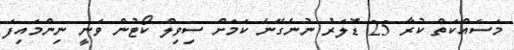
މަސައްކަތް ކުރާ 25 ޑޮލަރު ނުނެގޭނެ ކަމަށް ސިވިލް ކޯޓުން ވަނީ ނިންމައިފަ